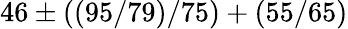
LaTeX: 46\pm((95/79)/75)+(55/65)